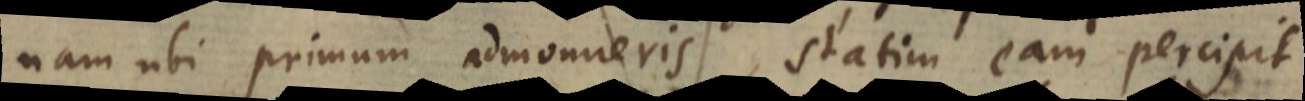
nam ubi primum admonueris, statim eam percipit